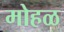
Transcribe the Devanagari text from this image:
मोहळ